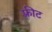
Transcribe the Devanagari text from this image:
फ़्रीट